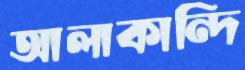
আলাকান্দি